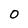
Character: O